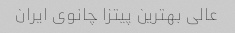
عالی بهترین پیتزا چانوی ایران